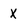
Character: x